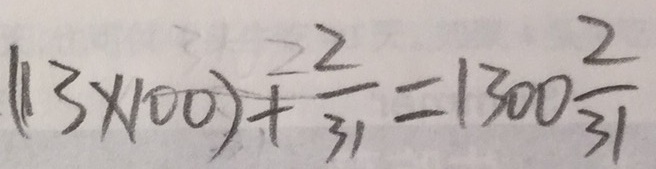
( 1 3 \times 1 0 0 ) + \frac { 2 } { 3 1 } = 1 3 0 0 \frac { 2 } { 3 1 }